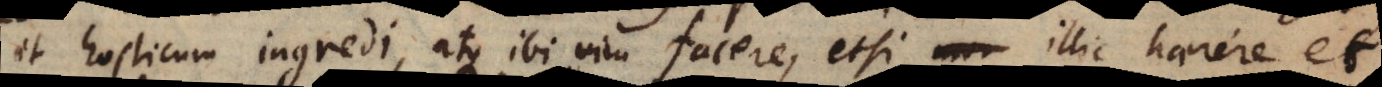
et hosticum ingredi, atque ibi vim facere, etsi illic haerere et